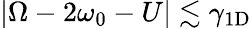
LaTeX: |\Omega-2\omega_{0}-U|\lesssim\gamma_{\mathrm{1D}}